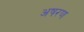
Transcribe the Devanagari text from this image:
अषरण